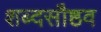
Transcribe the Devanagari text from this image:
शब्दसौष्ठव